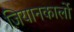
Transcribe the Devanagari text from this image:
जियानकार्लो